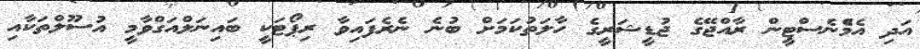
އަދި އެމްެނެސްޓީން ރާއްޖޭގެ ޖުޑީޝަރީގެ ހާލަތުކަމަށް ބުނެ ނެރެފައިވާ ރިޕޯޓަކީ ބައިނަލްއަގްވާމީ އުސޫލްތަކާއި